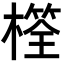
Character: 𣛩